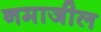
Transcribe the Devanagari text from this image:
नमाजील